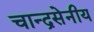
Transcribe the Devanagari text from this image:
चान्द्रसेनीय